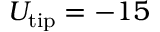
U _ { \mathrm { t i p } } = - 1 5